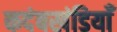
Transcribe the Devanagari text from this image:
कदंबखंडियाँ